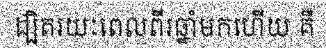
ដ្បិតរយៈពេលពីរឆ្នាំមកហើយ គឺ